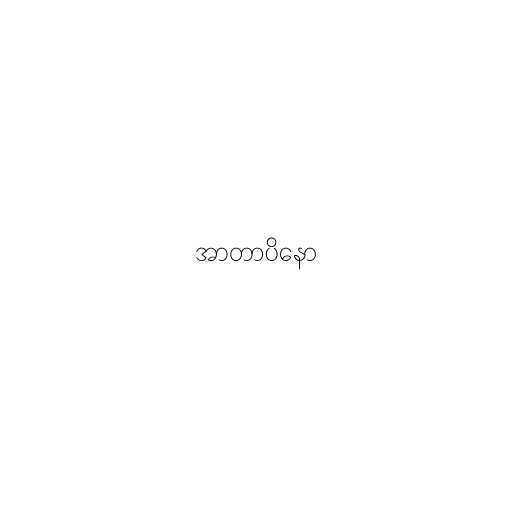
အာတာပိနော